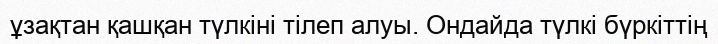
ұзақтан қашқан түлкіні тілеп алуы. Ондайда түлкі бүркіттің